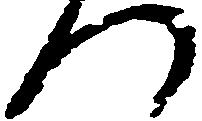
つ